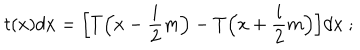
t ( x ) d x = \Big [ T \Big ( x - \frac { i } { 2 } m \Big ) - T \Big ( x + \frac { i } { 2 } m \Big ) \Big ] d x \ ;